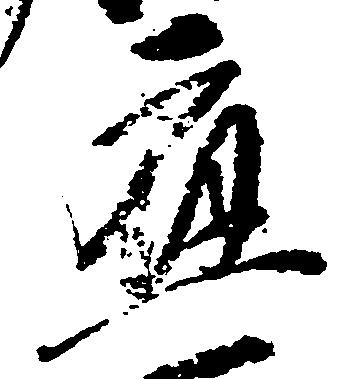
応